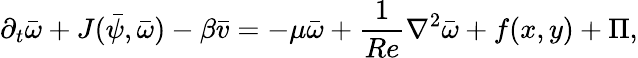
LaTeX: \partial_{t}\bar{\omega}+J(\bar{\psi},\bar{\omega})-\beta\bar{v}=-\mu\bar{\omega}+\frac{1}{Re}\nabla^{2}\bar{\omega}+f(x,y)+\Pi,